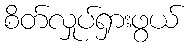
စိတ်လှုပ်ရှားဖွယ်